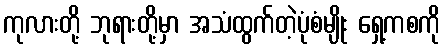
ကုလားတို့ ဘုရားတို့မှာ အသံထွက်တဲ့ပုံစံမျိုး ရှေ့ကစကို